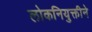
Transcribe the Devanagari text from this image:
लोकनियुक्तीने